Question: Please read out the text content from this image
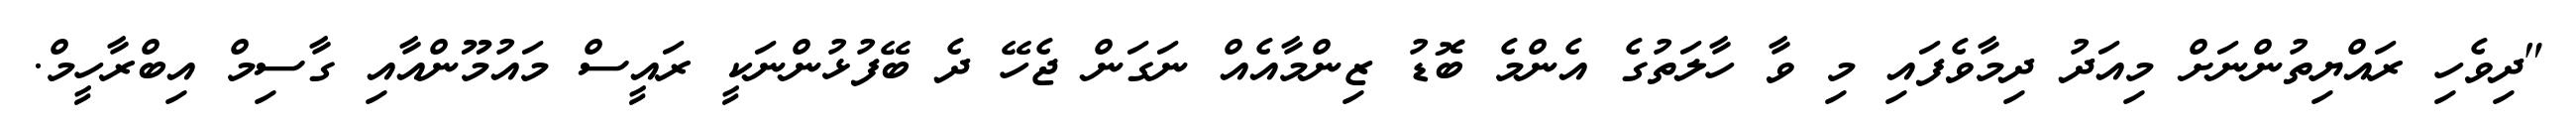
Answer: "ދިވެހި ރައްޔިތުންނަށް މިއަދު ދިމާވެފައި މި ވާ ހާލަތުގެ އެންމެ ބޮޑު ޒިންމާއެއް ނަގަން ޖެހޭ ދެ ބޭފުޅުންނަކީ ރައީސް މައުމޫންއާއި ގާސިމް އިބްރާހީމް.